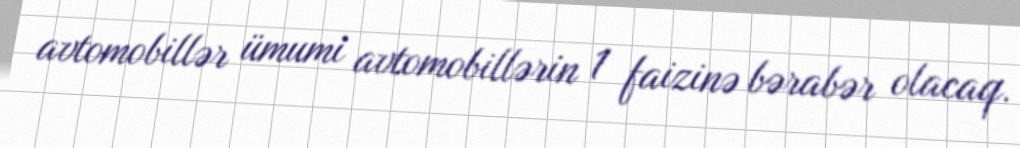
avtomobillər ümumi avtomobillərin 1 faizinə bərabər olacaq.